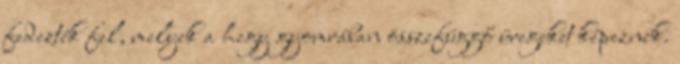
fedezték fel, melyek a hegy gyomrában összefüggő üregeket képeznek.